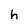
Character: h